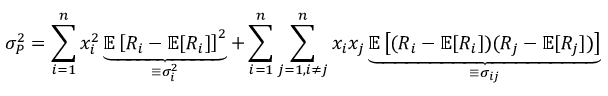
\sigma _ { P } ^ { 2 } = \sum _ { i = 1 } ^ { n } x _ { i } ^ { 2 } \underbrace { \mathbb { E } \left[ R _ { i } - \mathbb { E } [ R _ { i } ] \right] ^ { 2 } } _ { \equiv \sigma _ { i } ^ { 2 } } + \sum _ { i = 1 } ^ { n } \sum _ { j = 1 , i \neq j } ^ { n } x _ { i } x _ { j } \underbrace { \mathbb { E } \left[ ( R _ { i } - \mathbb { E } [ R _ { i } ] ) ( R _ { j } - \mathbb { E } [ R _ { j } ] ) \right] } _ { \equiv \sigma _ { i j } }